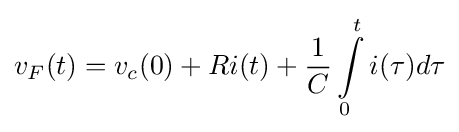
{\begin{aligned}v_{F}(t)=v_{c}(0)+Ri(t)+{\frac {1}{C}}\int \limits _{0}^{t}i(\tau )d\tau \end{aligned}}